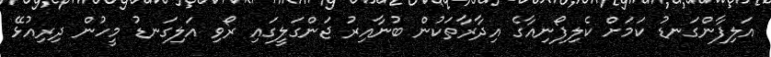
އަލިފާންގަނޑު ކަމަށް ކެލިފޯނިއާގެ އިދާރާތަކުން ބުނާއިރު ޖަންގަލީގައި ރޯވި އަލިގަނޑު މީހުން ދިރިއުޅޭ